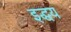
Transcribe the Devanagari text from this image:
इद्धय